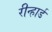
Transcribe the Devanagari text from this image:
रीन्हार्ड